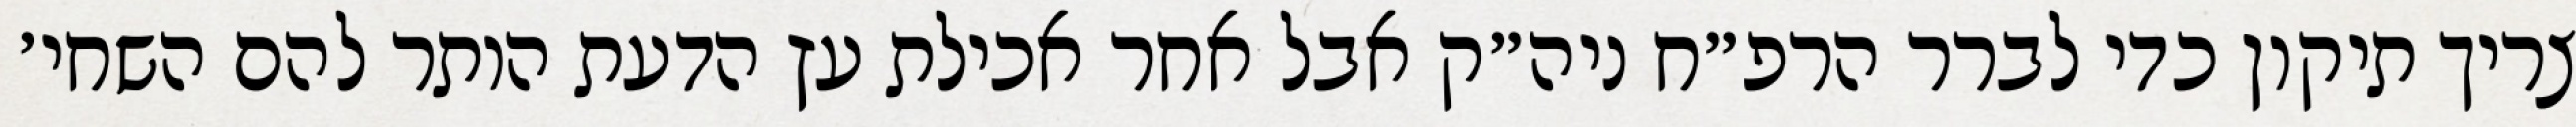
צריך תיקון כדי לברר הרפ״ח ניה״ק אבל אחר אכילת עץ הדעת הותר להם השחי׳